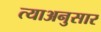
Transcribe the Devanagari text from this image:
त्याअनुसार